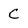
Character: C